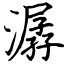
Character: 潺